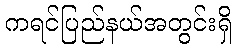
ကရင်ပြည်နယ်အတွင်းရှိ